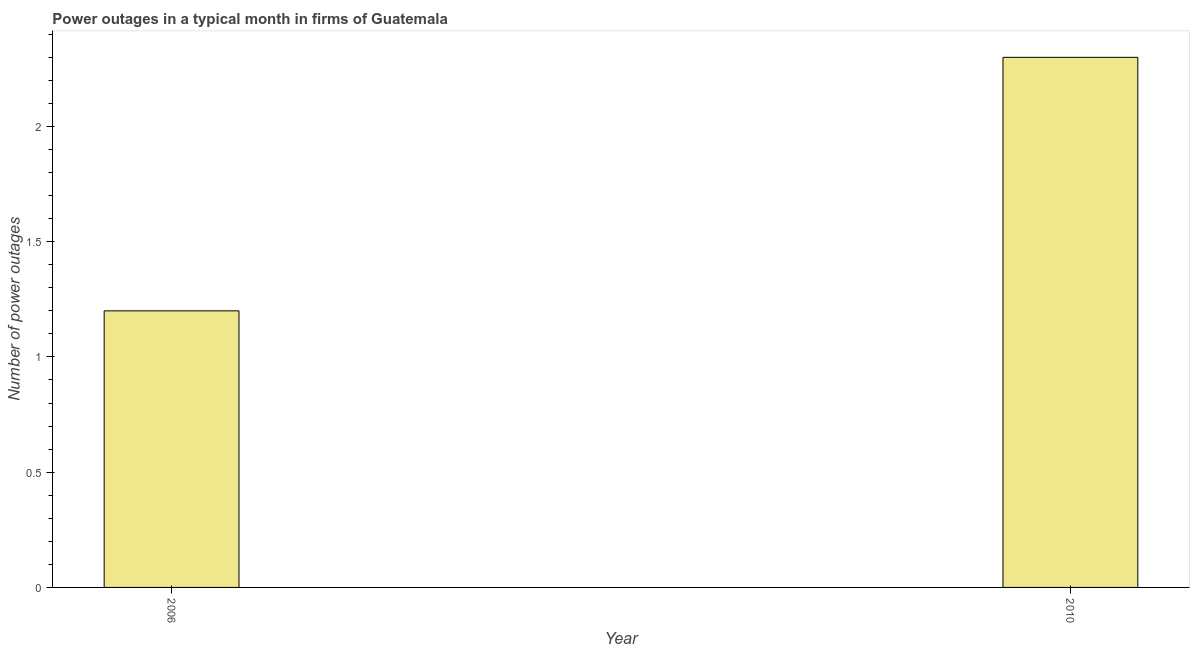
| Year | Power outages |
 | --- | --- |
 | 2006 | 1.2 |
 | 2010 | 2.3 |